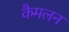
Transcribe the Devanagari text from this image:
कैमलन